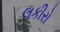
લકીરો